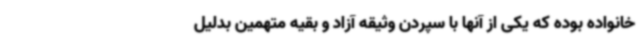
خانواده بوده که یکی از آنها با سپردن وثیقه آزاد و بقیه متهمین بدلیل